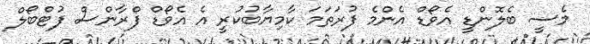
މެސީ ބެލޮންޑީ އެވޯޑް އެންމެ ފުރަތަމަ ކާމިޔާބުކުރީ އެ އެވޯޑް ފްރާންސް ފުޓްބޯލް